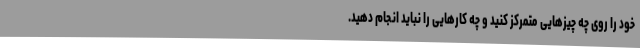
خود را روی چه چیزهایی متمرکز کنید و چه کارهایی را نباید انجام دهید.